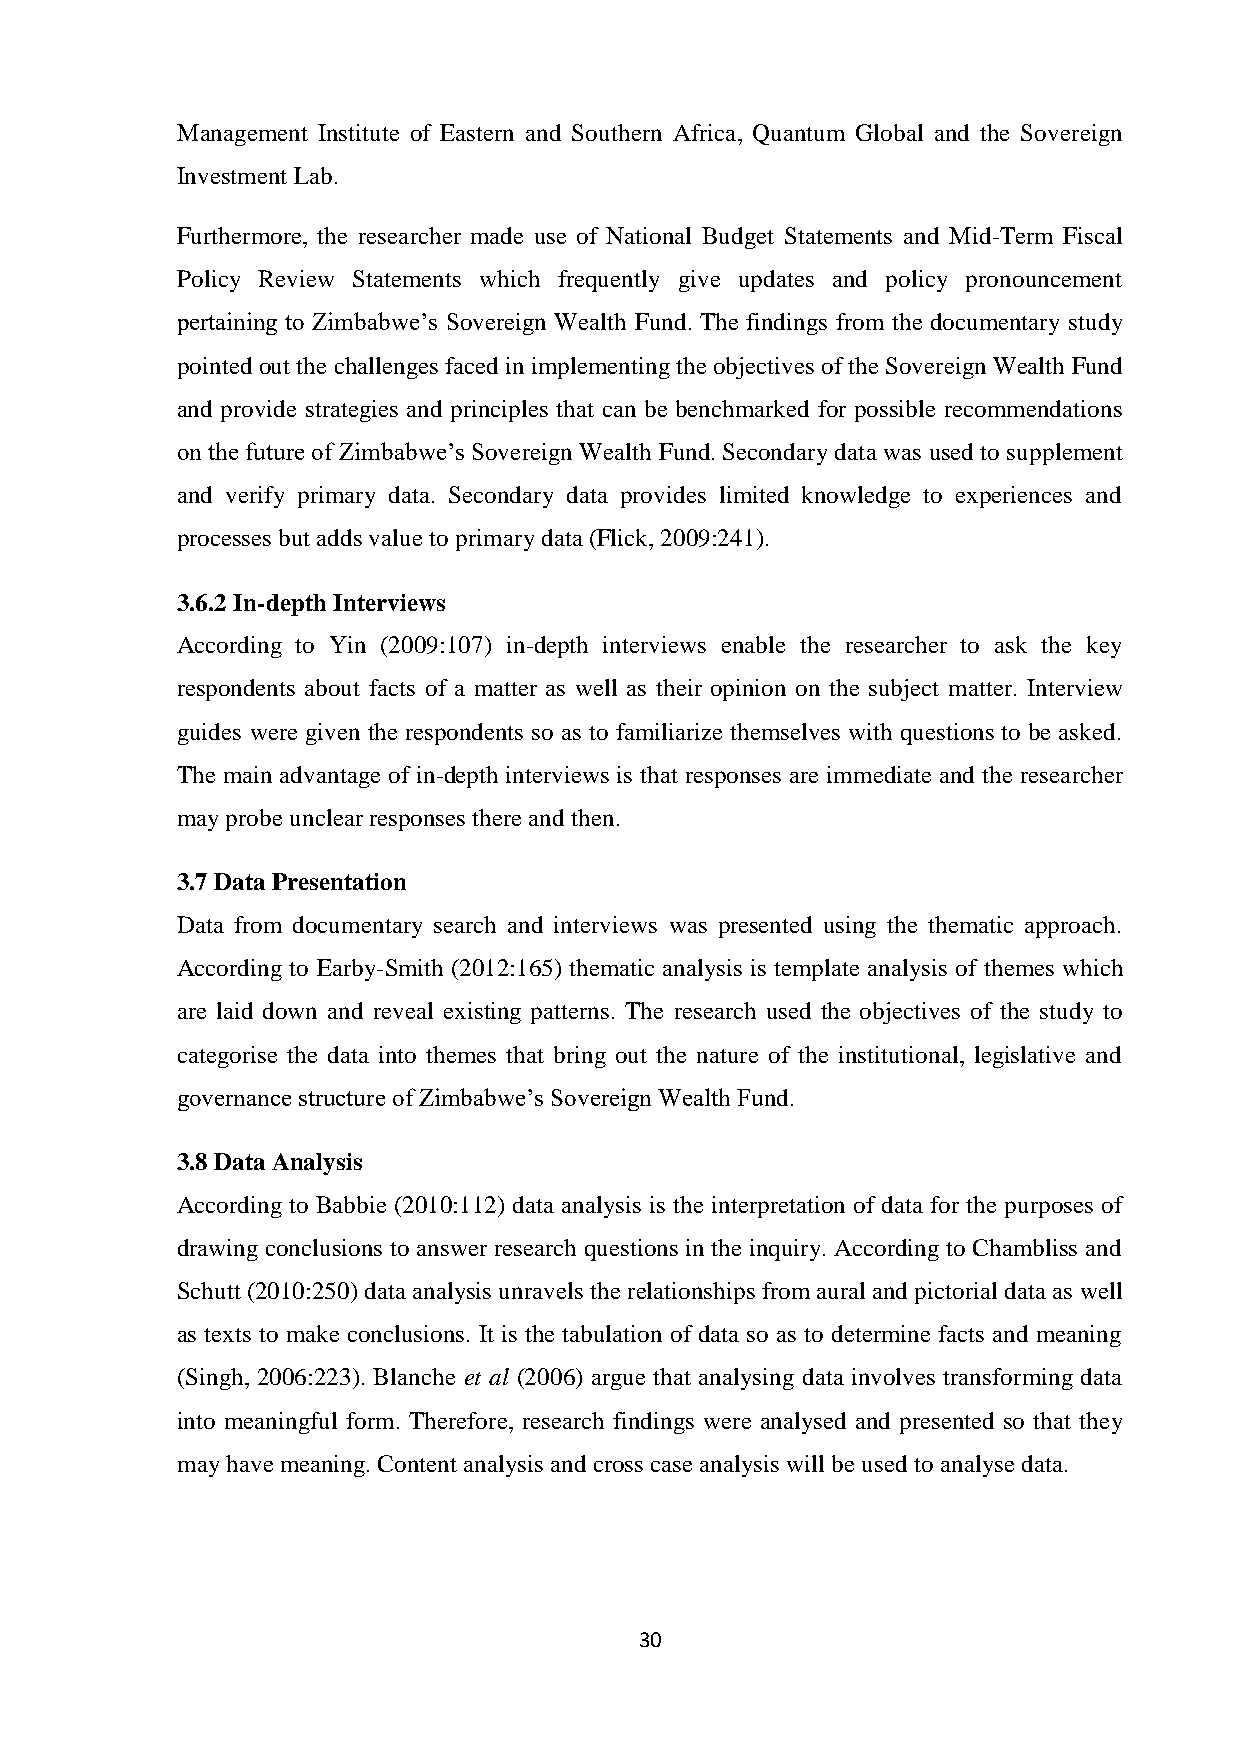
Management Institute of Eastern and Southern Africa, Quantum Global and the Sovereign
 Investment Lab.
 Furthermore, the researcher made use of National Budget Statements and Mid-Term Fiscal
 Policy Review Statements which frequently give updates and policy pronouncement
 pertaining to Zimbabwe’s Sovereign Wealth Fund. The findings from the documentary study
 pointed out the challenges faced in implementing the objectives of the Sovereign Wealth Fund
 and provide strategies and principles that can be benchmarked for possible recommendations
 on the future of Zimbabwe’s Sovereign Wealth Fund. Secondary data was used to supplement
 and verify primary data. Secondary data provides limited knowledge to experiences and
 processes but adds value to primary data (Flick, 2009:241).
 3.6.2 In-depth Interviews
 According to Yin (2009:107) in-depth interviews enable the researcher to ask the key
 respondents about facts of a matter as well as their opinion on the subject matter. Interview
 guides were given the respondents so as to familiarize themselves with questions to be asked.
 The main advantage of in-depth interviews is that responses are immediate and the researcher
 may probe unclear responses there and then.
 3.7 Data Presentation
 Data from documentary search and interviews was presented using the thematic approach.
 According to Earby-Smith (2012:165) thematic analysis is template analysis of themes which
 are laid down and reveal existing patterns. The research used the objectives of the study to
 categorise the data into themes that bring out the nature of the institutional, legislative and
 governance structure of Zimbabwe’s Sovereign Wealth Fund.
 3.8 Data Analysis
 According to Babbie (2010:112) data analysis is the interpretation of data for the purposes of
 drawing conclusions to answer research questions in the inquiry. According to Chambliss and
 Schutt (2010:250) data analysis unravels the relationships from aural and pictorial data as well
 as texts to make conclusions. It is the tabulation of data so as to determine facts and meaning
 (Singh, 2006:223). Blanche et al (2006) argue that analysing data involves transforming data
 into meaningful form. Therefore, research findings were analysed and presented so that they
 may have meaning. Content analysis and cross case analysis will be used to analyse data.
 30